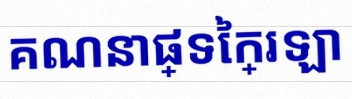
គណនាផ្ទៃក្រឡា